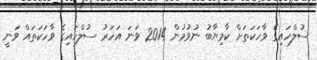
ސުލްހައިގެ ވާހަކަތަށް ކާމިޔާބު ނުވުމުން 2014 ވަނަ އަަހަރު ސުލްހައިގެ ވާހަކަތައް ވަނީ